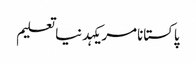
پاکستانامریکہدنیاتعلیم